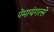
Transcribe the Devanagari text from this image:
पेमायंगत्से